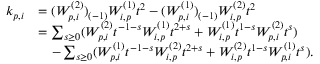
\begin{array} { r l } { k _ { p , i } } & { = ( W _ { p , i } ^ { ( 2 ) } ) _ { ( - 1 ) } W _ { i , p } ^ { ( 1 ) } t ^ { 2 } - ( W _ { p , i } ^ { ( 1 ) } ) _ { ( - 1 ) } W _ { i , p } ^ { ( 2 ) } t ^ { 2 } } \\ & { = \sum _ { s \geq 0 } ( W _ { p , i } ^ { ( 2 ) } t ^ { - 1 - s } W _ { i , p } ^ { ( 1 ) } t ^ { 2 + s } + W _ { i , p } ^ { ( 1 ) } t ^ { 1 - s } W _ { p , i } ^ { ( 2 ) } t ^ { s } ) } \\ & { \quad - \sum _ { s \geq 0 } ( W _ { p , i } ^ { ( 1 ) } t ^ { - 1 - s } W _ { i , p } ^ { ( 2 ) } t ^ { 2 + s } + W _ { i , p } ^ { ( 2 ) } t ^ { 1 - s } W _ { p , i } ^ { ( 1 ) } t ^ { s } ) . } \end{array}